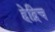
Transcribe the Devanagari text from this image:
हेद्रिच